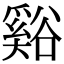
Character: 谿